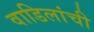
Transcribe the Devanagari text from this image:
वाडिलांची